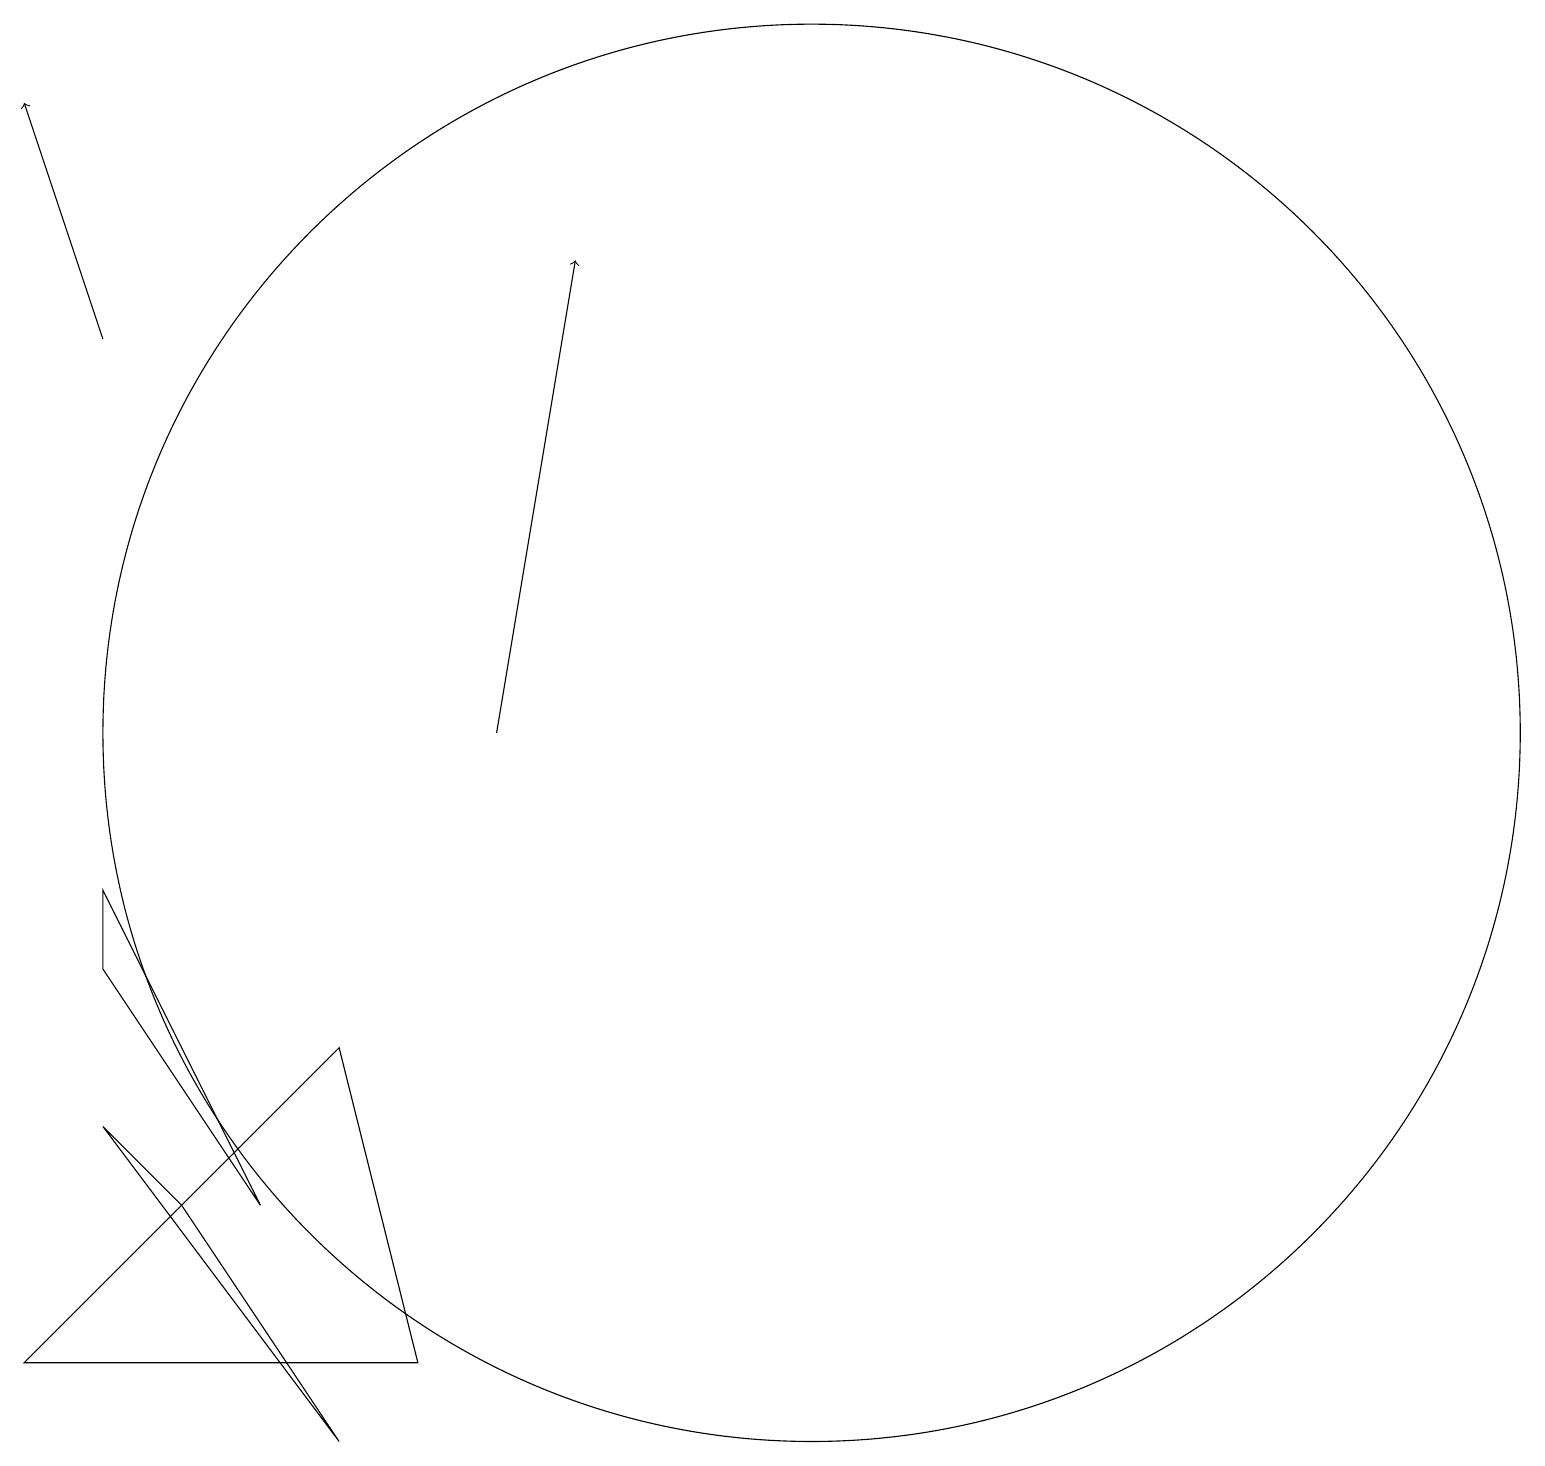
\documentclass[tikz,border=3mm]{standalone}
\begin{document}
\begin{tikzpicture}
\draw[->] (7,11) -- (8,17);
\draw (1,3) -- (6,3) -- (5,7) -- cycle;
\draw[->] (2,16) -- (1,19);
\draw (11,10) circle (0);
\draw (2,6) -- (3,5) -- (5,2) -- cycle;
\draw (11,11) circle (9);
\draw (2,9) -- (2,8) -- (4,5) -- cycle;
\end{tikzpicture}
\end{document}